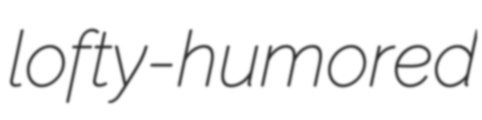
lofty-humored